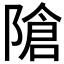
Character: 𲉝